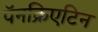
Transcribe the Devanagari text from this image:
पॅनक्रिएटिन